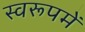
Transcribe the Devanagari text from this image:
स्वरूपमें